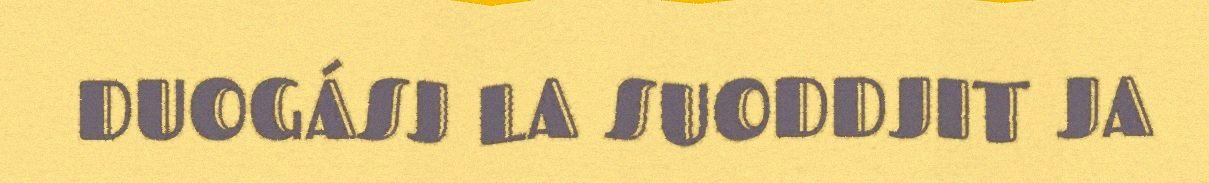
DUOGÁSJ LA SUODDJIT JA